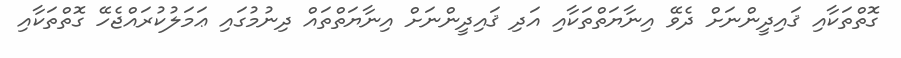
ގޮތްތަކާއި ޤައިދީންނަށް ދެވޭ އިނާޔަތްތަކާއި އަދި ޤައިދީންނަށް އިނާޔަތްތައް ދިނުމުގައި ޢަމަލުކުރައްޖެހޭ ގޮތްތަކާއި